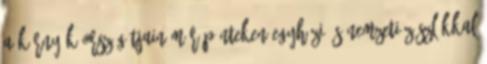
A környék országútjain már pénteken egyházi és nemzeti zászlókkal